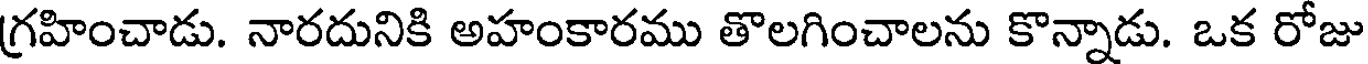
గ్రహించాడు. నారదునికి అహంకారము తొలగించాలను కొన్నాడు. ఒక రోజు